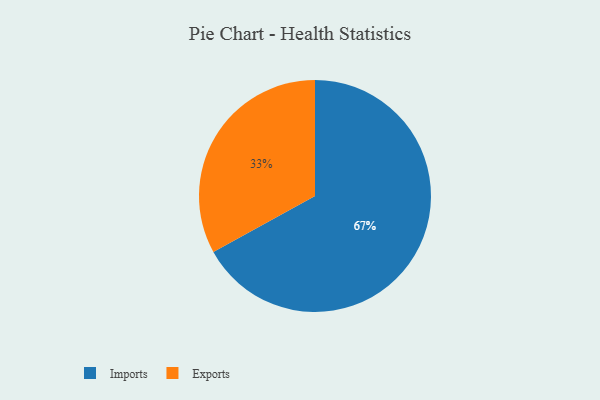
{"axis": {"x": "Category", "y": "Percentage"}, "legend": ["Exports", "Imports"], "data": [{"x": "Imports", "y": 67, "type": "Imports"}, {"x": "Exports", "y": 33, "type": "Exports"}]}